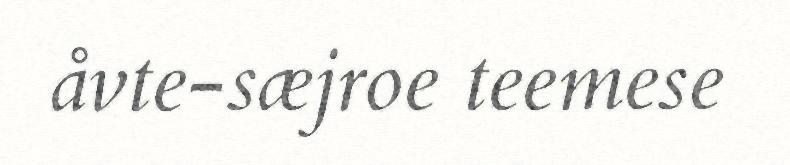
åvte-sæjroe teemese